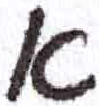
אות: א